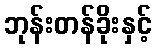
ဘုန်းတန်ခိုးနှင့်